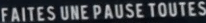
FAITES UNE PAUSE TOUTES